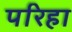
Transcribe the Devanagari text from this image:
परिहा